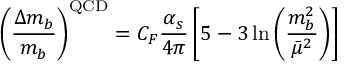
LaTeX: \left( { \frac { \Delta m _ { b } } { m _ { b } } } \right) ^ { \mathrm { Q C D } } = C _ { F } \frac { \alpha _ { s } } { 4 \pi } \left[ 5 - 3 \ln \left( \frac { m _ { b } ^ { 2 } } { \bar { \mu } ^ { 2 } } \right) \right]